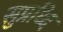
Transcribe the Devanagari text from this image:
सुप्रध्दि